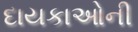
દાયકાઓની